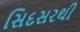
સિદસરથી